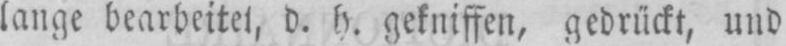
gekniffen, gedrückt, und